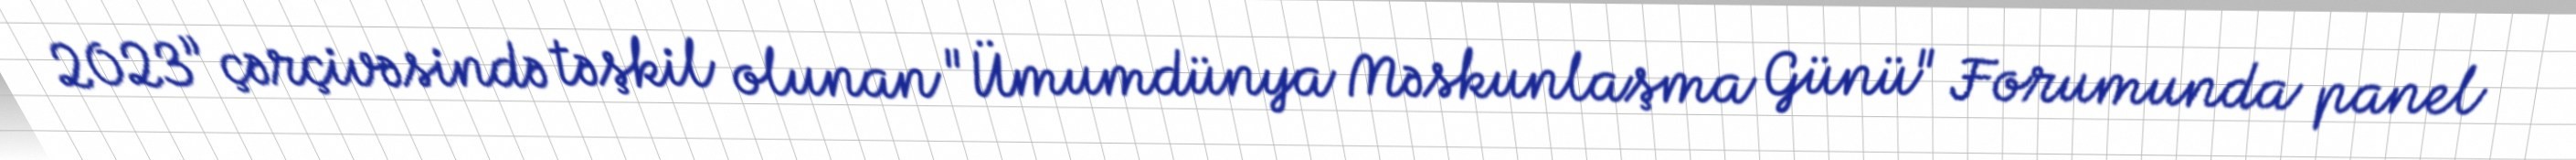
2023” çərçivəsində təşkil olunan "Ümumdünya Məskunlaşma Günü" Forumunda panel